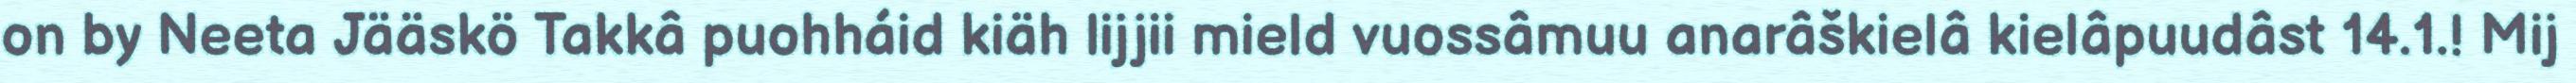
on by Neeta Jääskö Takkâ puohháid kiäh lijjii mield vuossâmuu anarâškielâ kielâpuudâst 14.1.! Mij